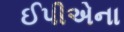
ઈપીએના